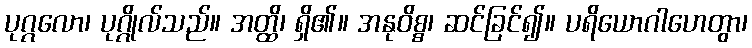
ပုဂ္ဂလော၊ ပုဂ္ဂိုလ်သည်။ အတ္ထိ၊ ရှိ၏။ အနုဝိစ္စ၊ ဆင်ခြင်၍။ ပရိယောဂါဟေတွာ၊